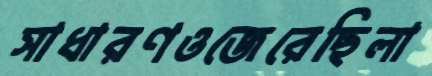
সাধারণওজেরেছিলা